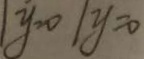
y = 0 \vert y = 0